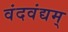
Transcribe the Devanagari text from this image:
वंदवंद्यम्